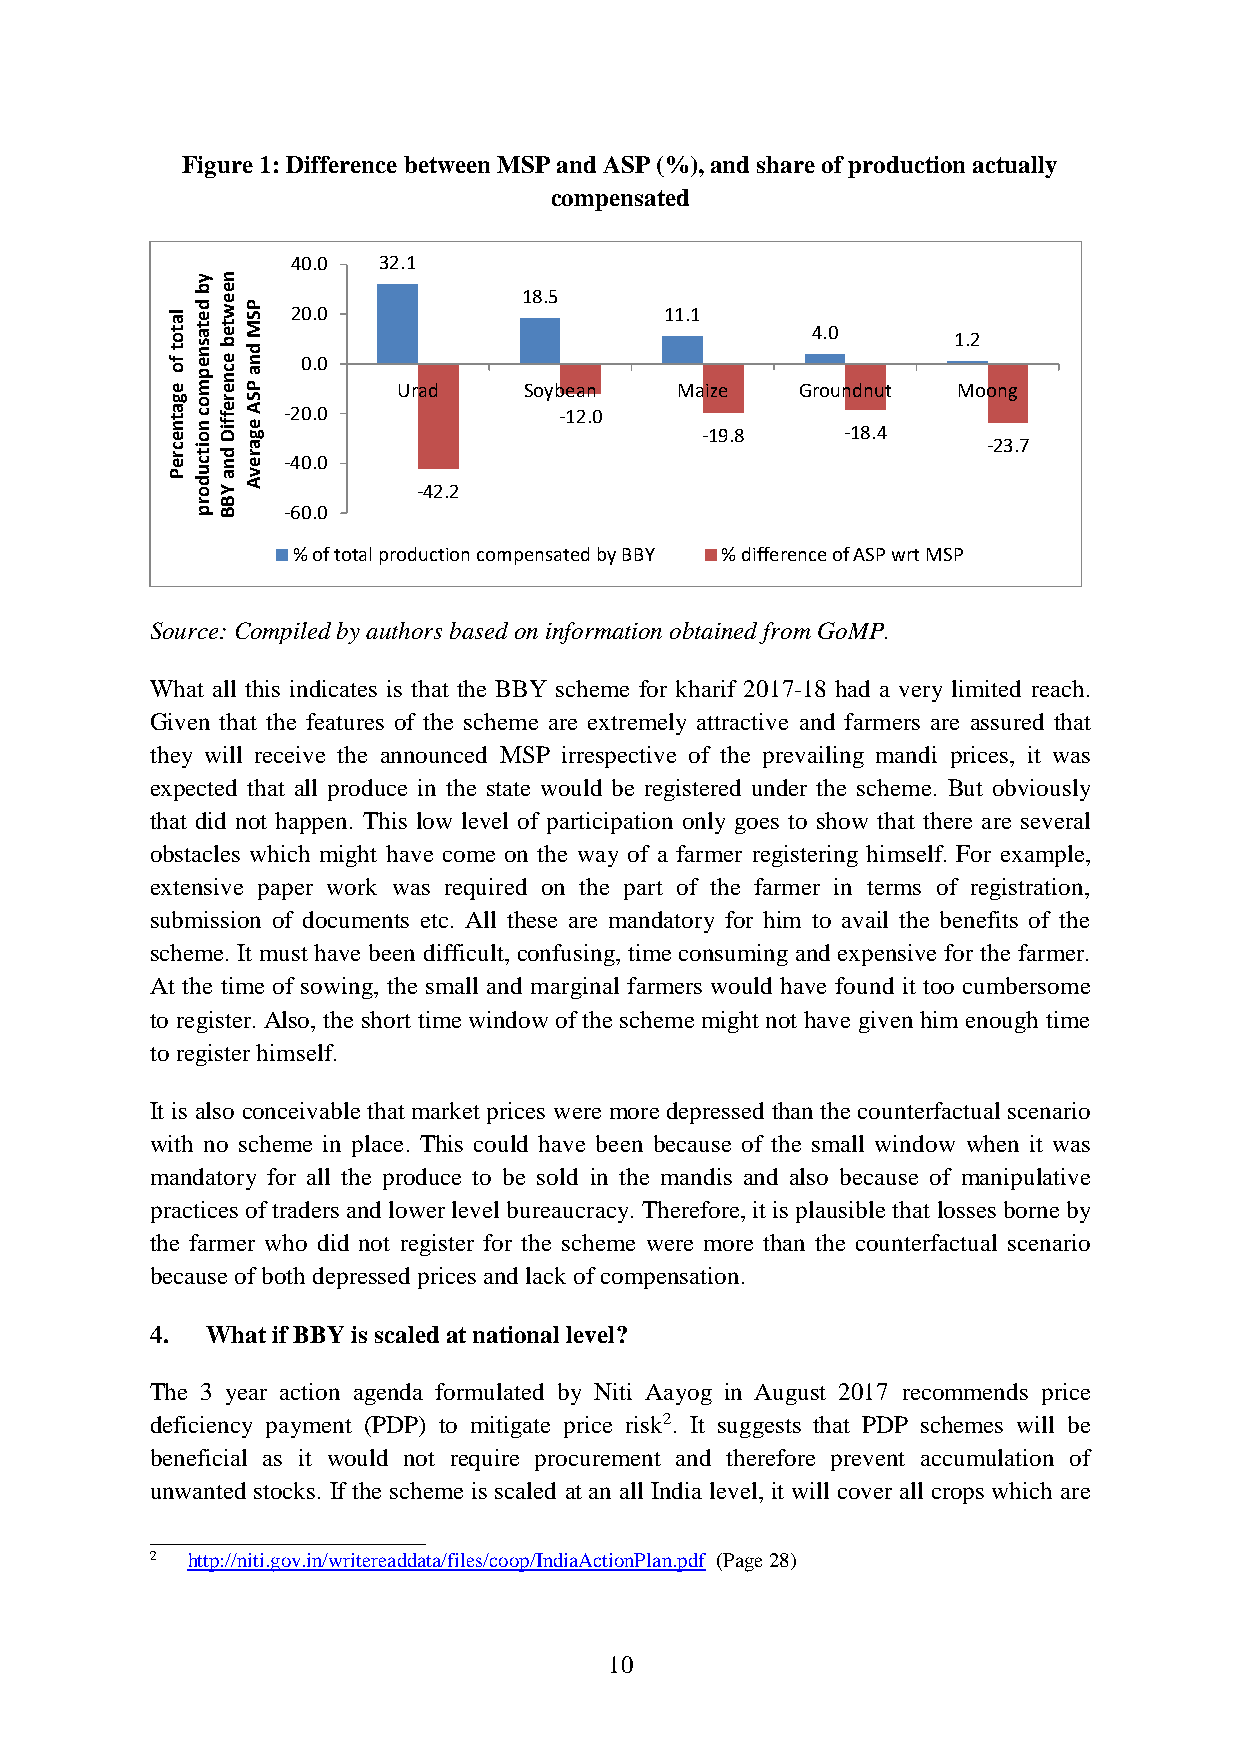
Figure 1: Difference between MSP and ASP (%), and share of production actually
 compensated
 40.0  32.1
 y n
 la
 t o t
 f o
 eb d e
 t a s n
 e p
 me e w
 t e b
 e c n
 eP S
 M d
 n a
 P
 20 0.. 00
 Urad
 1 S8 o. y5
 bean
 11 M.1
 aize
 G4 ro.0
 undnut
 1 M.2
 oong
 g a t n e c r e Po c n o it c u d or e f f iD d n a YS A e g a r e v A -- 42 00 .. 00 -42.2 -12.0 -19.8 -18.4 -23.7
 rB
 pB    -60.0
 % of total production compensated by BBY % difference of ASP wrt MSP
 Source: Compiled by authors based on information obtained from GoMP.
 What all this indicates is that the BBY scheme for kharif 2017-18 had a very limited reach.
 Given that the features of the scheme are extremely attractive and farmers are assured that
 they will receive the announced MSP irrespective of the prevailing mandi prices, it was
 expected that all produce in the state would be registered under the scheme. But obviously
 that did not happen. This low level of participation only goes to show that there are several
 obstacles which might have come on the way of a farmer registering himself. For example,
 extensive paper work was required on the part of the farmer in terms of registration,
 submission of documents etc. All these are mandatory for him to avail the benefits of the
 scheme. It must have been difficult, confusing, time consuming and expensive for the farmer.
 At the time of sowing, the small and marginal farmers would have found it too cumbersome
 to register. Also, the short time window of the scheme might not have given him enough time
 to register himself.
 It is also conceivable that market prices were more depressed than the counterfactual scenario
 with no scheme in place. This could have been because of the small window when it was
 mandatory for all the produce to be sold in the mandis and also because of manipulative
 practices of traders and lower level bureaucracy. Therefore, it is plausible that losses borne by
 the farmer who did not register for the scheme were more than the counterfactual scenario
 because of both depressed prices and lack of compensation.
 4.  What if BBY is scaled at national level?
 The 3 year action agenda formulated by Niti Aayog in August 2017 recommends price
 deficiency payment (PDP) to mitigate price risk2. It suggests that PDP schemes will be
 beneficial as it would not require procurement and therefore prevent accumulation of
 unwanted stocks. If the scheme is scaled at an all India level, it will cover all crops which are
 ______________________
 2 http://niti.gov.in/writereaddata/files/coop/IndiaActionPlan.pdf (Page 28)
 10